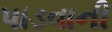
પાડવાની